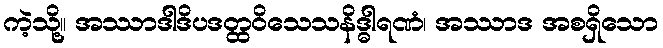
ကဲ့သို့။ အဿာဒါဒိပဒတ္ထဝိသေသနိဒ္ဓါရဏံ၊ အဿာဒ အစရှိသော